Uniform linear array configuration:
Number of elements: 64
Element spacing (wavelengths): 0.75
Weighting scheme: kaiser
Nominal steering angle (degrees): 45
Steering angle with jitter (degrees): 44.475
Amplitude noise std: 0.05
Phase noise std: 0.05

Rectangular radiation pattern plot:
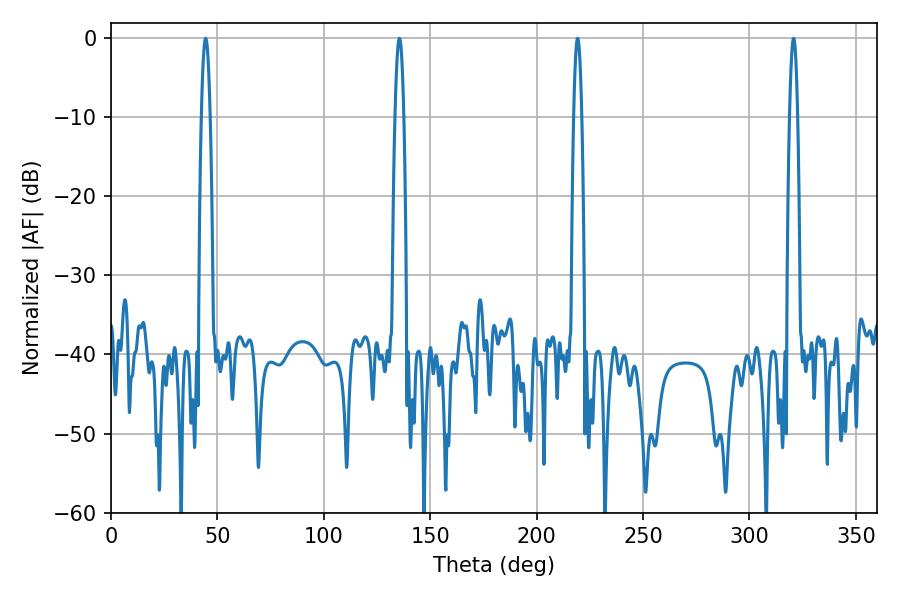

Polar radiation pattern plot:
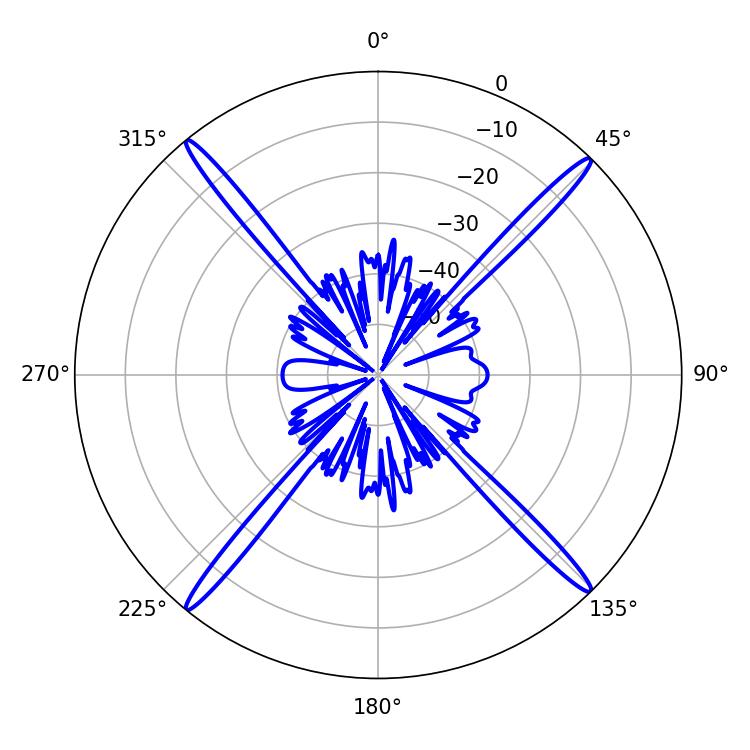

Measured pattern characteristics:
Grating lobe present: TRUE
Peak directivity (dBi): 22.888
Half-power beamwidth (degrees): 2.16
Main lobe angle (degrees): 44.46